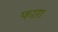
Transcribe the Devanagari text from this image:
फाग़